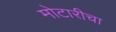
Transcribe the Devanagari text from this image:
मोटारीचा